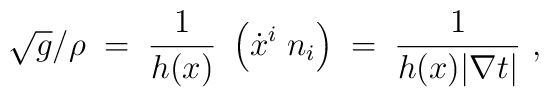
\sqrt{g} / \rho \;=\; \frac{1}{h (x)} \ \left(  \dot{x}^i\;n_i\right)\;=\; \frac{1}{h (x) |\nabla t|} \ ,